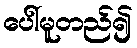
ပေါ်မူတည်၍